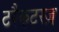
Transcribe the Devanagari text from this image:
टरैकटरज़